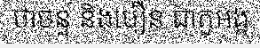
ថាចន្ទ និងបឿន ជាតួអង្គ